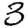
Digit: 3